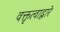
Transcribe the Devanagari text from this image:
वक्तृत्वाद्वारे